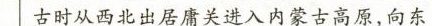
古时从西北出居庸关进入内蒙古高原，向东